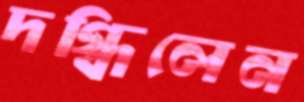
দগ্ধিলেন